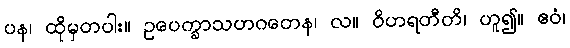
ပန၊ ထိုမှတပါး။ ဥပေက္ခာသဟဂတေန၊ လ။ ဝိဟရတီတိ၊ ဟူ၍။ ဧဝံ၊